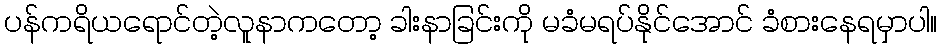
ပန်ကရိယရောင်တဲ့လူနာကတော့ ခါးနာခြင်းကို မခံမရပ်နိုင်အောင် ခံစားနေရမှာပါ။